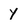
Character: y